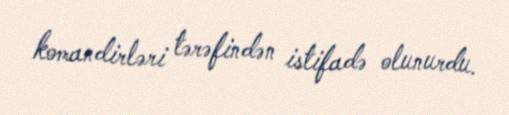
komandirləri tərəfindən istifadə olunurdu.